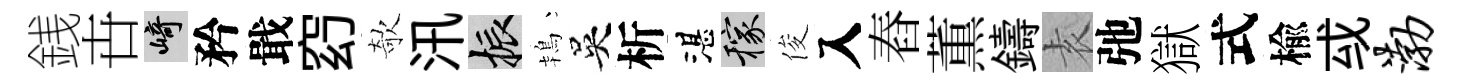
銭卋崎矜戢𥥆欹汛振鴇吳析湛稼俊入舂薫鑄𡊮弛獄式楡㦯渤